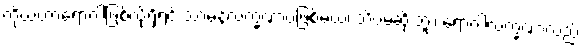
ကိုယ်ဟာရောဂါဖြစ်လို့ရှိရင် သာမန်လက္ခဏာပဲဖြစ်မယ်၊ သိပ်မဆိုးဘူး၊ ရောဂါလက္ခဏာလည်း